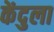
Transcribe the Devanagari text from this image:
केंदुला